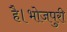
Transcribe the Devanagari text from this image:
है।भोजपुरी